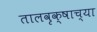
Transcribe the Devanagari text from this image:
तालवृक्षाच्या